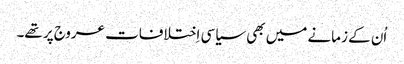
‏ اُن کے زمانے میں بھی سیاسی اِختلافات عروج پر تھے۔